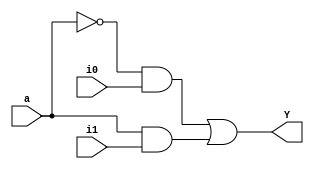
module multi_gate (Y, i0, i1, a);
output Y;
input i0, i1, a; 
wire w1, w2; 
and (w1, ~a, i0); 
and (w2, a, i1); 
or (Y, w1, w2); 
endmodule